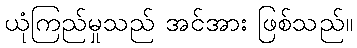
ယုံကြည်မှုသည် အင်အား ဖြစ်သည်။